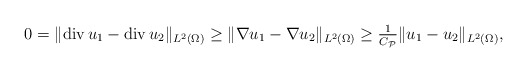
\begin{align*}0 = \|\mathrm{div}\, u_{1} - \mathrm{div}\, u_{2}\|_{L^{2}(\Omega)} \geq \|\nabla u_{1} - \nabla u_{2}\|_{L^{2}(\Omega)}\geq \tfrac{1}{C_{\mathcal{P}}} \|u_{1} - u_{2}\|_{L^{2}(\Omega)}, \end{align*}